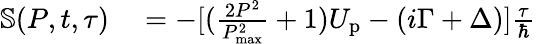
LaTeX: \begin{array}{rl}{\mathbb{S}(P,t,\tau)}&{{}=-[(\frac{2P^{2}}{P_{\mathrm{max}}^{2}}+1)U_{\mathrm{p}}-(i\Gamma+\Delta)]\frac{\tau}{\hbar}}\end{array}